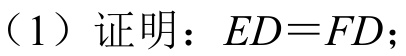
（1）证明：$ED = FD$；